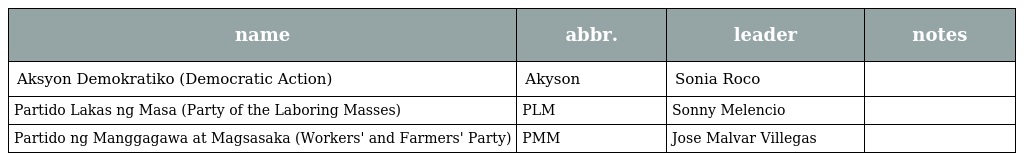
| name | abbr. | leader | notes |
 | --- | --- | --- | --- |
 | Aksyon Demokratiko (Democratic Action) | Akyson | Sonia Roco |  |
 | Partido Lakas ng Masa (Party of the Laboring Masses) | PLM | Sonny Melencio |  |
 | Partido ng Manggagawa at Magsasaka (Workers' and Farmers' Party) | PMM | Jose Malvar Villegas |  |